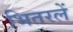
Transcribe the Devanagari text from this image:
भितरलें